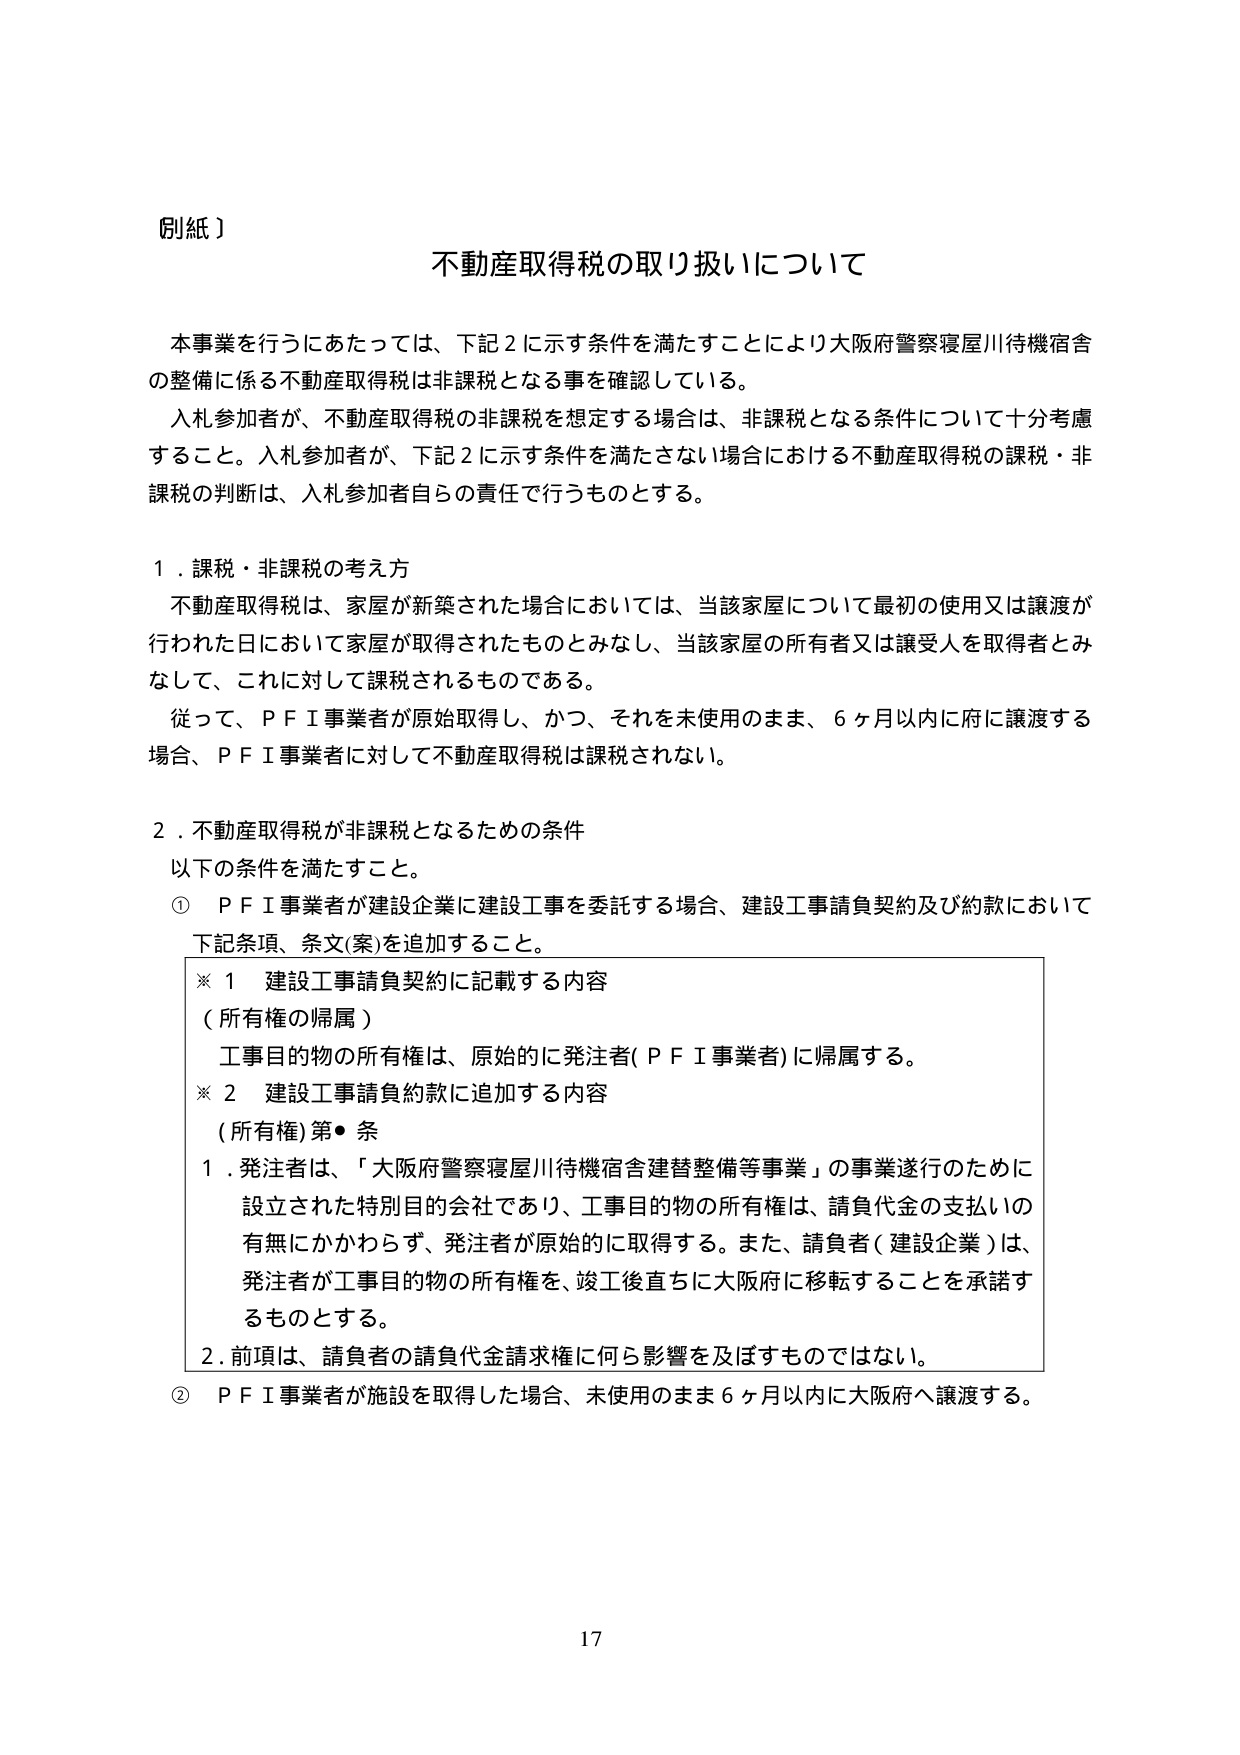
別紙）

不動産取得税の取り扱いについて

本事業を行うにあたっては、下記２に示す条件を満たすことにより大阪府警察寝屋川待機宿舎の整備に係る不動産取得税は非課税となる事を確認している。
入札参加者が、不動産取得税の非課税を想定する場合は、非課税となる条件について十分考慮すること。入札参加者が、下記２に示す条件を満たさない場合における不動産取得税の課税・非課税の判断は、入札参加者自らの責任で行うものとする。

１．課税・非課税の考え方
不動産取得税は、家屋が新築された場合においては、当該家屋について最初の使用又は譲渡が行われた日において家屋が取得されたものとみなし、当該家屋の所有者又は譲受人を取得者とみなして、これに対して課税されるものである。
従って、ＰＦＩ事業者が原始取得し、かつ、それを未使用のまま、６ヶ月以内に府に譲渡する場合、ＰＦＩ事業者に対して不動産取得税は課税されない。

２．不動産取得税が非課税となるための条件
以下の条件を満たすこと。
① ＰＦＩ事業者が建設企業に建設工事を委託する場合、建設工事請負契約及び約款において下記条項、条文(案)を追加すること。
　※１ 建設工事請負契約に記載する内容
　（所有権の帰属）
　　工事目的物の所有権は、原始的に発注者(ＰＦＩ事業者)に帰属する。
　※２ 建設工事請負約款に追加する内容
　（所有権）第●条
　　１．発注者は、「大阪府警察寝屋川待機宿舎建替整備等事業」の事業遂行のために設立された特別目的会社であり、工事目的物の所有権は、請負代金の支払いの有無にかかわらず、発注者が原始的に取得する。また、請負者（建設企業）は、発注者が工事目的物の所有権を、竣工後直ちに大阪府に移転することを承諾するものとする。
　　２．前項は、請負者の請負代金請求権に何ら影響を及ぼすものではない。
② ＰＦＩ事業者が施設を取得した場合、未使用のまま６ヶ月以内に大阪府へ譲渡する。

17